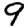
Digit: 9